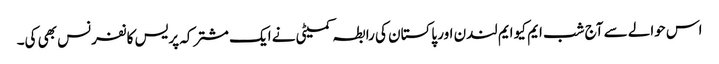
اس حوالے سے آج شب ایم کیو ایم لندن اور پاکستان کی رابطہ کمیٹی نے ایک مشترکہ پریس کانفرنس بھی کی۔